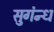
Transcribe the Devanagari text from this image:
सुगंन्ध